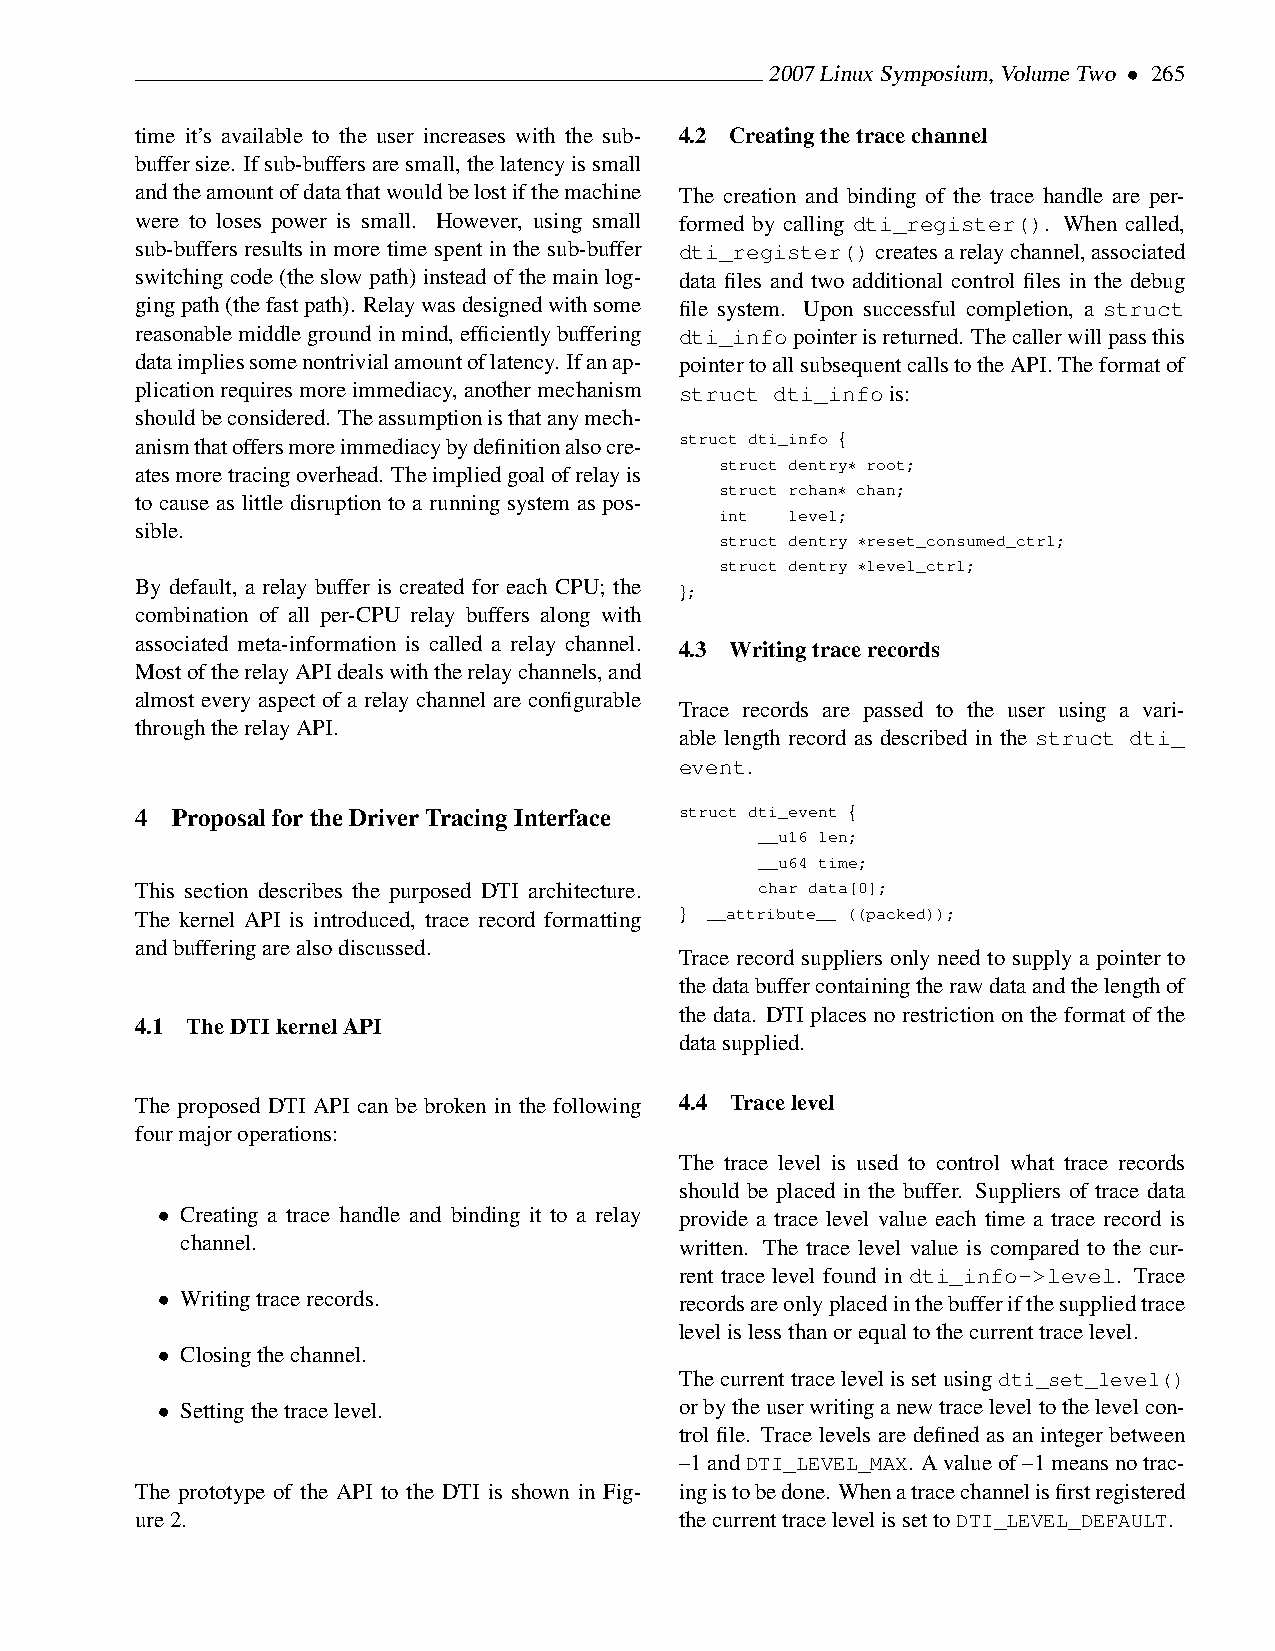
2007LinuxSymposium,VolumeTwo • 265
 time it’s available to the user increases with the sub- 4.2 Creatingthetracechannel
 buffersize. Ifsub-buffersaresmall,thelatencyissmall
 andtheamountofdatathatwouldbelostifthemachine The creation and binding of the trace handle are per-
 were to loses power is small. However, using small formed by calling dti_register(). When called,
 sub-buffers results in more time spent in the sub-buffer dti_register()createsarelaychannel,associated
 switching code (the slow path) instead of the main log- data files and two additional control files in the debug
 gingpath(thefastpath). Relaywasdesignedwithsome file system. Upon successful completion, a struct
 reasonablemiddlegroundinmind,efficientlybuffering dti_infopointerisreturned. Thecallerwillpassthis
 dataimpliessomenontrivialamountoflatency. Ifanap- pointertoallsubsequentcallstotheAPI.Theformatof
 plicationrequiresmoreimmediacy,anothermechanism struct dti_infois:
 shouldbeconsidered. Theassumptionisthatanymech-
 anismthatoffersmoreimmediacybydefinitionalsocre- struct dti_info {
 struct dentry∗ root;
 atesmoretracingoverhead. Theimpliedgoalofrelayis
 struct rchan∗ chan;
 to cause as little disruption to a running system as pos-
 int level;
 sible.
 struct dentry ∗reset_consumed_ctrl;
 struct dentry ∗level_ctrl;
 By default, a relay buffer is created for each CPU; the
 };
 combination of all per-CPU relay buffers along with
 associated meta-information is called a relay channel.
 4.3 Writingtracerecords
 MostoftherelayAPIdealswiththerelaychannels,and
 almost every aspect of a relay channel are configurable
 Trace records are passed to the user using a vari-
 throughtherelayAPI.
 able length record as described in the struct dti_
 event.
 4 ProposalfortheDriverTracingInterface struct dti_event {
 __u16 len;
 __u64 time;
 This section describes the purposed DTI architecture. char data[0];
 The kernel API is introduced, trace record formatting } __attribute__ ((packed));
 andbufferingarealsodiscussed.
 Trace record suppliers only need to supply a pointer to
 thedatabuffercontainingtherawdataandthelengthof
 the data. DTI places no restriction on the format of the
 4.1 TheDTIkernelAPI
 datasupplied.
 The proposed DTI API can be broken in the following 4.4 Tracelevel
 fourmajoroperations:
 The trace level is used to control what trace records
 should be placed in the buffer. Suppliers of trace data
 • Creating a trace handle and binding it to a relay provide a trace level value each time a trace record is
 channel.                         written. The trace level value is compared to the cur-
 rent trace level found in dti_info->level. Trace
 • Writingtracerecords.             recordsareonlyplacedinthebufferifthesuppliedtrace
 levelislessthanorequaltothecurrenttracelevel.
 • Closingthechannel.
 Thecurrenttracelevelissetusingdti_set_level()
 • Settingthetracelevel.            orbytheuserwritinganewtraceleveltothelevelcon-
 trol file. Trace levels are defined as an integer between
 –1andDTI_LEVEL_MAX. Avalueof–1meansnotrac-
 The prototype of the API to the DTI is shown in Fig- ingistobedone. Whenatracechannelisfirstregistered
 ure2.                               thecurrenttracelevelissettoDTI_LEVEL_DEFAULT.